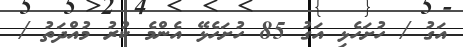
އަގު / ހުށަހެޅި އަގު 85 ހުށަހެޅޭ އެންމެ ކުރު މުއްދަތު /